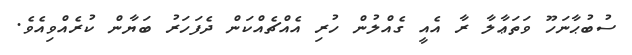
ސުބުޙާނަހޫ ވަތަޢާލާ ރާ އެއީ ގެއްލުން ހުރި އެއްޗެއްކަން ދެފަހަރު ބަޔާން ކުރެއްވިއެވެ.